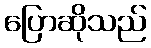
ပြောဆိုသည်